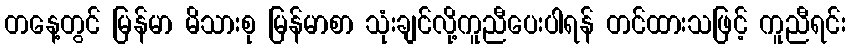
တနေ့တွင် မြန်မာ မိသားစု မြန်မာစာ သုံးချင်လို့ကူညီပေးပါရန် တင်ထားသဖြင့် ကူညီရင်း